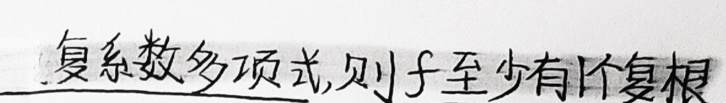
复系数多项式,则 \( f \) 至少有1个复根